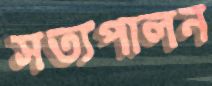
সত্যপালন